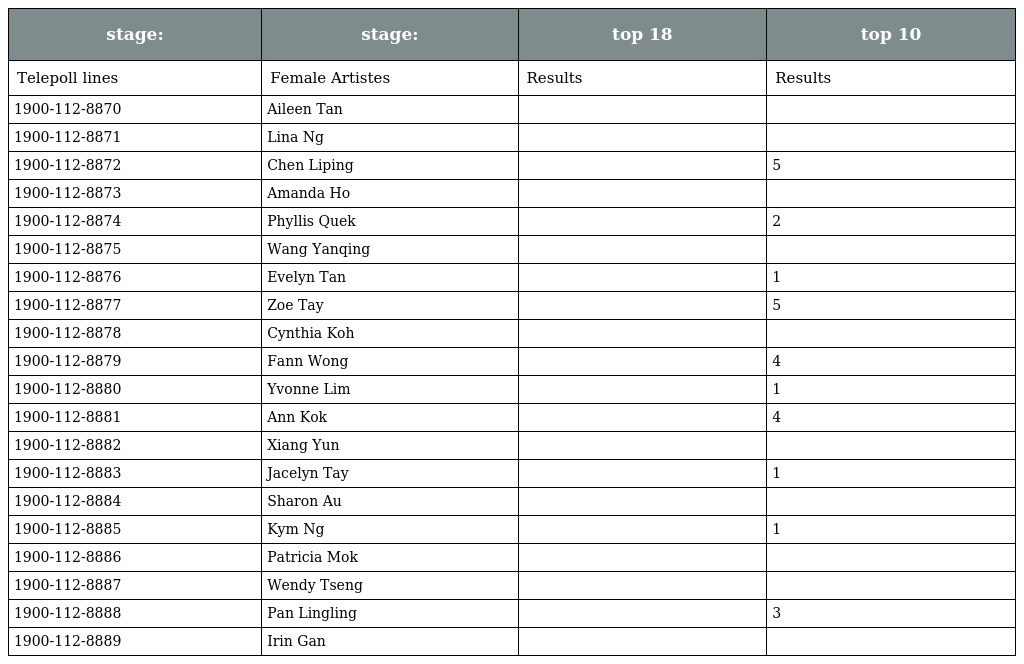
| stage: | stage: | top 18 | top 10 |
 | --- | --- | --- | --- |
 | Telepoll lines | Female Artistes | Results | Results |
 | 1900-112-8870 | Aileen Tan 陈丽贞 |  |  |
 | 1900-112-8871 | Lina Ng 黄嫊方 |  |  |
 | 1900-112-8872 | Chen Liping 陈莉萍 |  | 5 |
 | 1900-112-8873 | Amanda Ho 何芸珊 |  |  |
 | 1900-112-8874 | Phyllis Quek 郭妃丽 |  | 2 |
 | 1900-112-8875 | Wang Yanqing 王嬿青 |  |  |
 | 1900-112-8876 | Evelyn Tan 陈毓芸 |  | 1 |
 | 1900-112-8877 | Zoe Tay 郑惠玉 |  | 5 |
 | 1900-112-8878 | Cynthia Koh 许美珍 |  |  |
 | 1900-112-8879 | Fann Wong 范文芳 |  | 4 |
 | 1900-112-8880 | Yvonne Lim 林湘萍 |  | 1 |
 | 1900-112-8881 | Ann Kok 郭淑贤 |  | 4 |
 | 1900-112-8882 | Xiang Yun 向云 |  |  |
 | 1900-112-8883 | Jacelyn Tay 郑秀珍 |  | 1 |
 | 1900-112-8884 | Sharon Au 欧菁仙 |  |  |
 | 1900-112-8885 | Kym Ng 钟琴 |  | 1 |
 | 1900-112-8886 | Patricia Mok 莫小玲 |  |  |
 | 1900-112-8887 | Wendy Tseng 曾晓英 |  |  |
 | 1900-112-8888 | Pan Lingling 潘玲玲 |  | 3 |
 | 1900-112-8889 | Irin Gan 颜丽秦 |  |  |